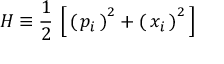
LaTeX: H \equiv { \frac { 1 } { 2 } } \, \left[ \, \left( \, p _ { i } \, \right) ^ { 2 } + \left( \, x _ { i } \, \right) ^ { 2 } \, \right]